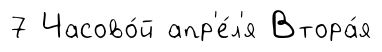
7 Часово́й апр'е́л'я Втора́я